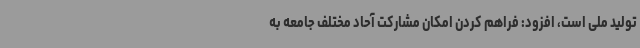
تولید ملی است، افزود: فراهم کردن امکان مشارکت آحاد مختلف جامعه به